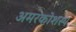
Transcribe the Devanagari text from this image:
अमरकोशस्य